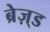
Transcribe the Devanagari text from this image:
ब्रेज़्ड